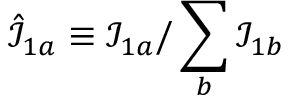
\hat { \mathcal { I } } _ { 1 a } \equiv \mathcal { I } _ { 1 a } / \sum _ { b } \mathcal { I } _ { 1 b }